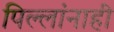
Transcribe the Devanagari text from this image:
पिल्लांनाही